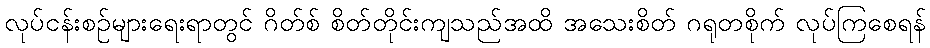
လုပ်ငန်းစဉ်များရေးရာတွင် ဂိတ်စ် စိတ်တိုင်းကျသည်အထိ အသေးစိတ် ဂရုတစိုက် လုပ်ကြစေရန်